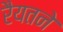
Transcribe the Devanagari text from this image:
रैयतने